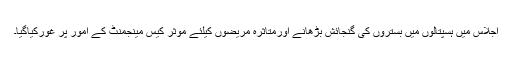
اجلاس میں ہسپتالوں میں بستروں کی گنجائش بڑھانے اورمتاثرہ مریضوں کیلئے موثر کیس مینجمنٹ کے امور پر غورکیاگیا۔